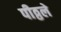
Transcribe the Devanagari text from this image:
पीठ्ठले